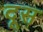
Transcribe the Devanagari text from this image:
दूस